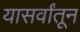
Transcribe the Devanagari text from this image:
यासर्वांतून